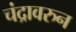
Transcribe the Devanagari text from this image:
चंद्रावरुन